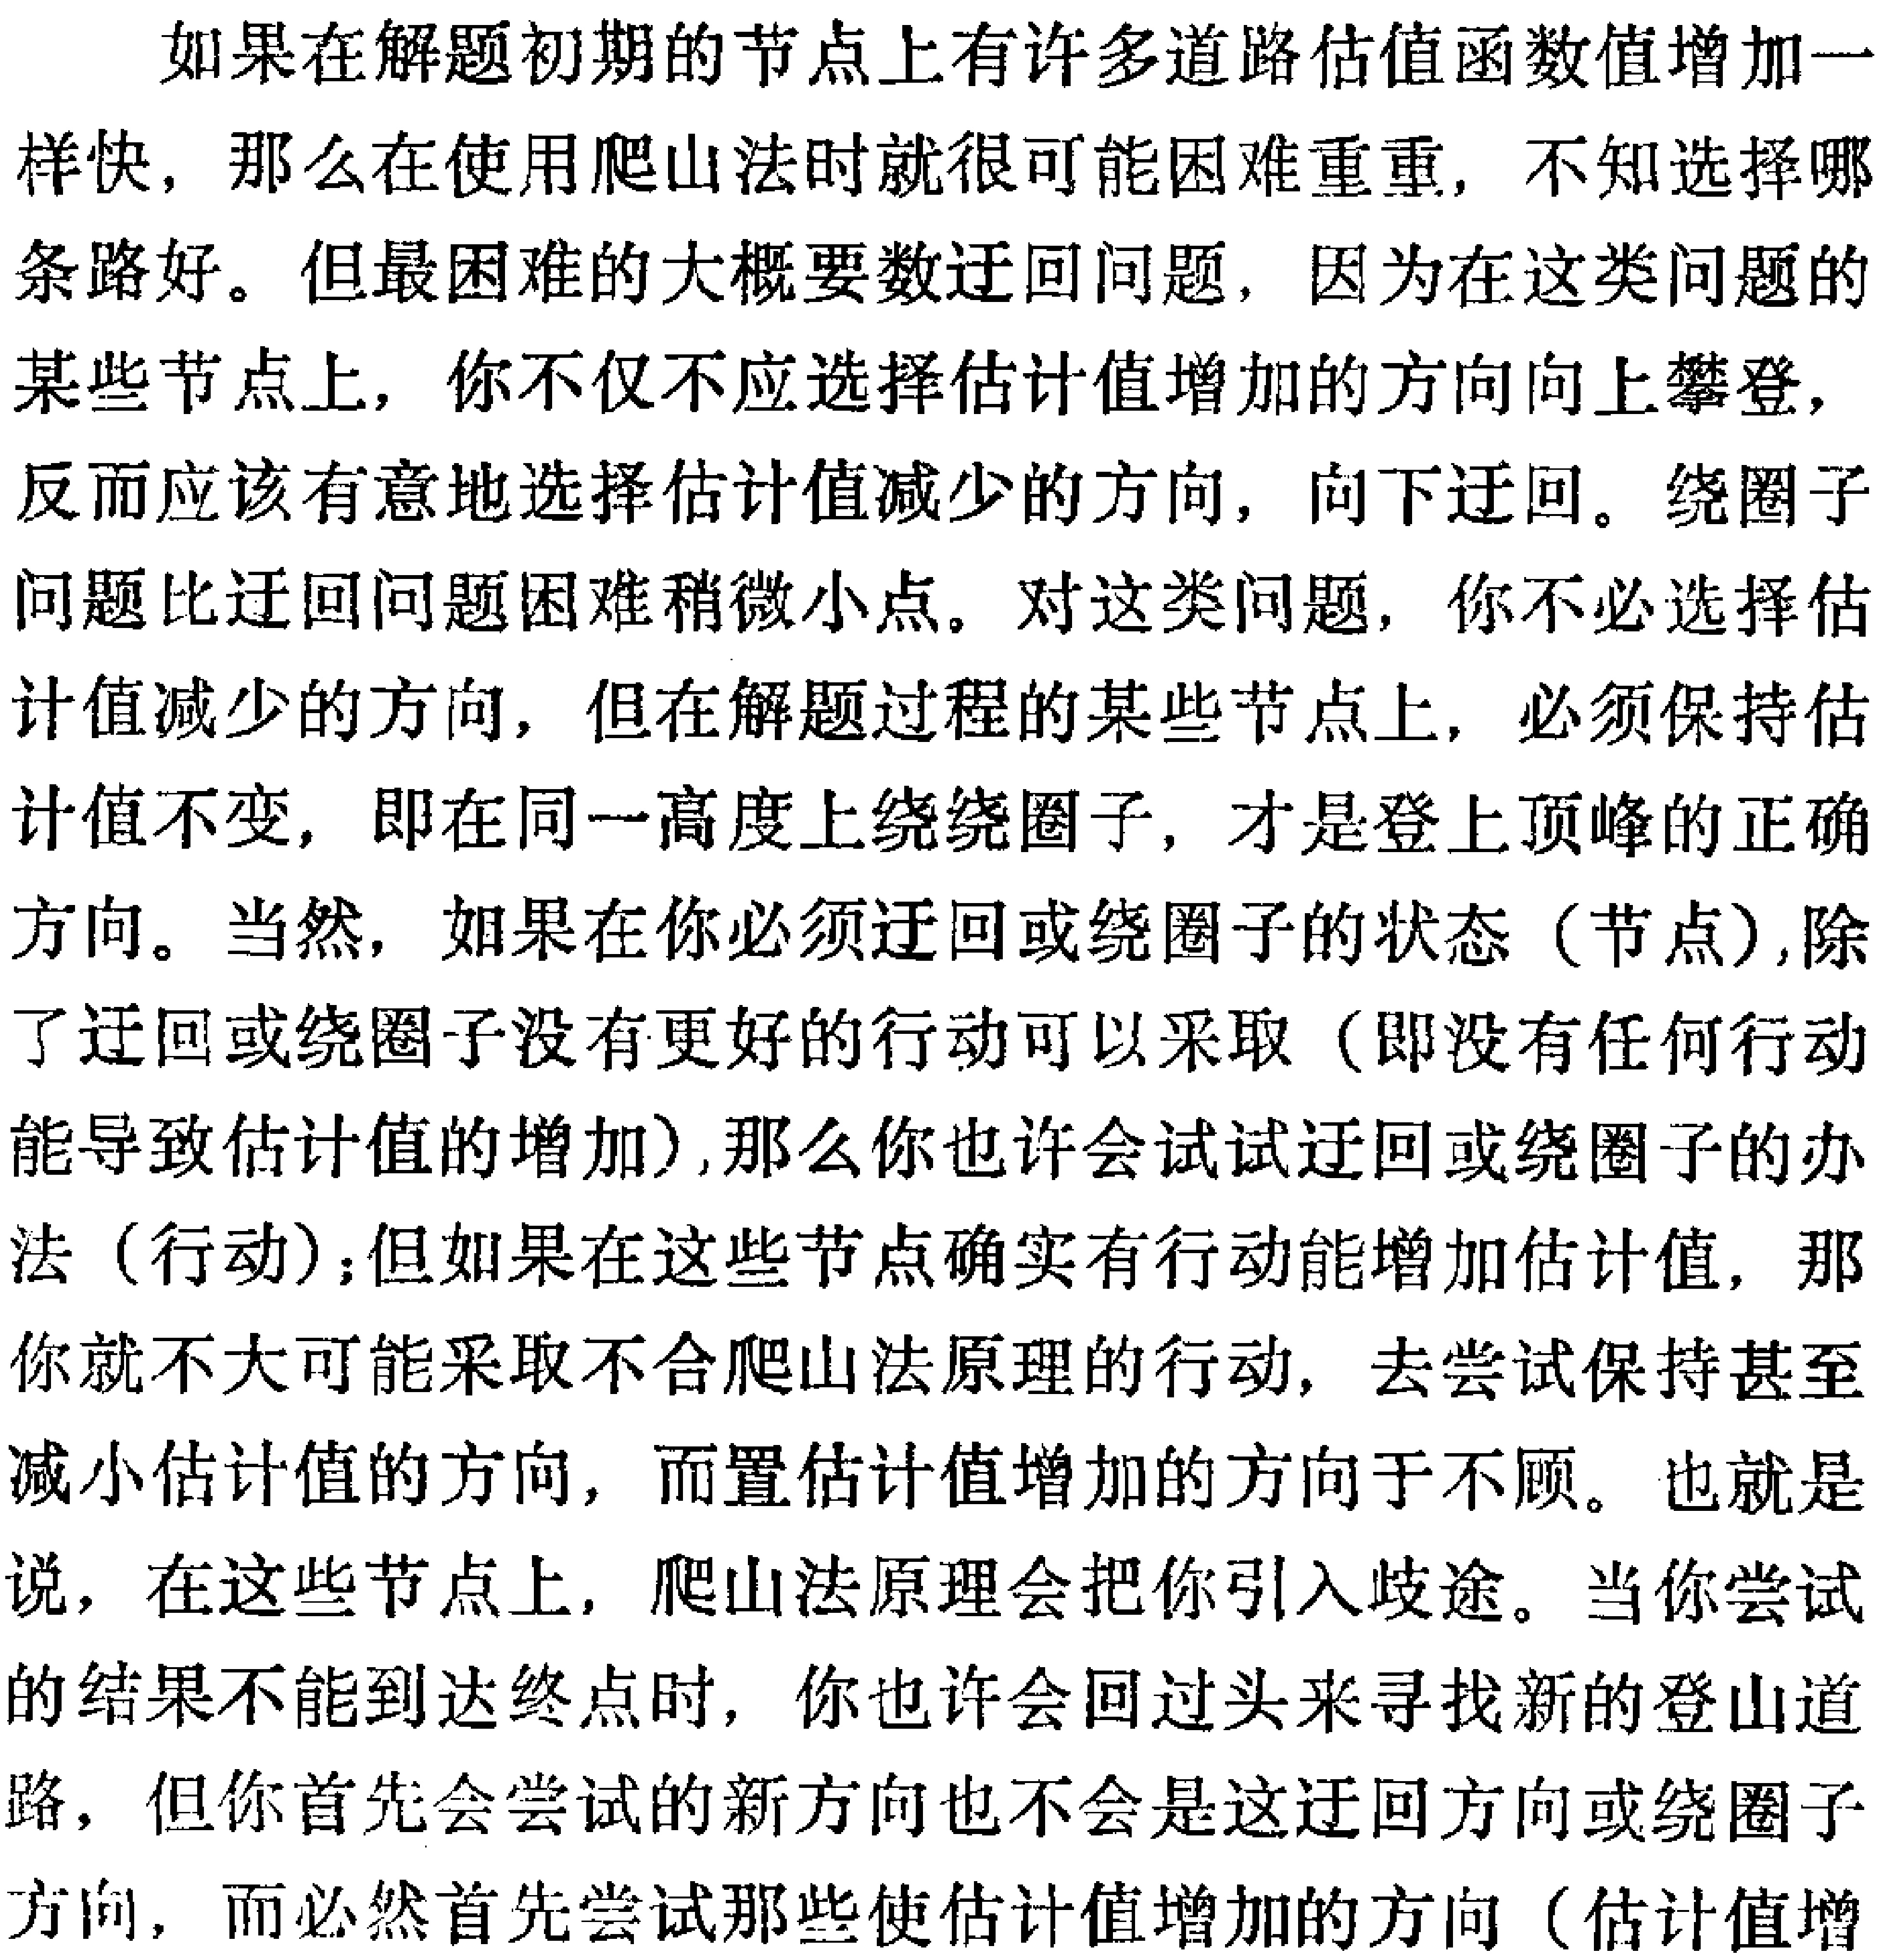
如果在解题初期的节点上有许多道路估值函数值增加一
样快，那么在使用爬山法时就很可能困难重重，不知选择哪
条路好。但最困难的大概要数迂回问题，因为在这类问题的
某些节点上，你不仅不应选择估计值增加的方向向上攀登，
反而应该有意地选择估计值减少的方向，向下迂回。绕圈子
问题比迂回问题困难稍微小点。对这类问题，你不必选择估
计值减少的方向，但在解题过程的某些节点上，必须保持估
计值不变，即在同一高度上绕绕圈子，才是登上顶峰的正确
方向。当然，如果在你必须迂回或绕圈子的状态（节点）,除
了迂回或绕圈子没有更好的行动可以采取（即没有任何行动
能导致估计值的增加）,那么你也许会试试迂回或绕圈子的办
法（行动）;但如果在这些节点确实有行动能增加估计值，那
你就不大可能采取不合爬山法原理的行动，去尝试保持甚至
减小估计值的方向，而置估计值增加的方向于不顾。也就是
说，在这些节点上，爬山法原理会把你引入歧途。当你尝试
的结果不能到达终点时，你也许会回过头来寻找新的登山道
路，但你首先会尝试的新方向也不会是这迂回方向或绕圈子
方向，而必然首先尝试那些使估计值增加的方向（估计值增